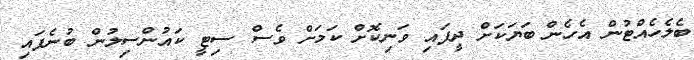
ބެލެހެއްޓުން އެހެން ބަޔަކަށް ދީފައި ވަނިކޮށް ކަމަށް ވެސް ސިޓީ ކައުންސިލުން ބުނެފައި